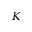
K